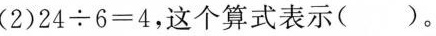
(2)$$2 4 \div 6 = 4$$，这个算式表示()。